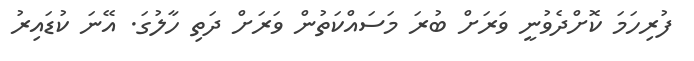
ފުރިހަމަ ކޮށްދެވުނީ ވަރަށް ބުރަ މަސައްކަތުން ވަރަށް ދަތި ހާލުގަ. އޭނަ ކުޑައިރު